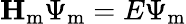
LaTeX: \textbf{H}_{\mathrm{m}}\Psi_{\mathrm{m}}=E\Psi_{\mathrm{m}}